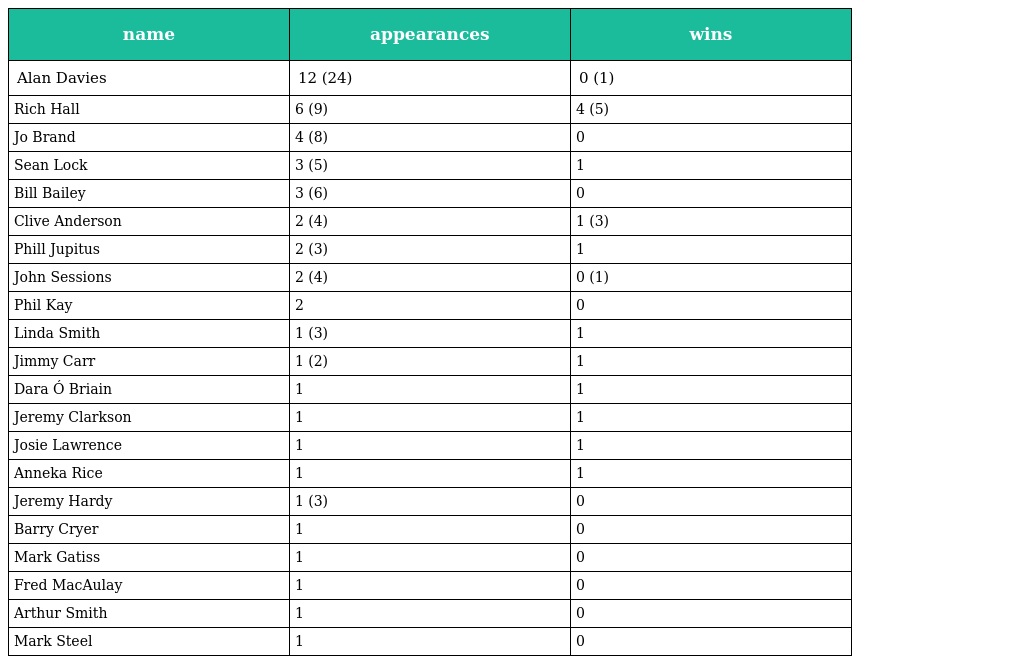
| name | appearances | wins |
 | --- | --- | --- |
 | Alan Davies | 12 (24) | 0 (1) |
 | Rich Hall | 6 (9) | 4 (5) |
 | Jo Brand | 4 (8) | 0 |
 | Sean Lock | 3 (5) | 1 |
 | Bill Bailey | 3 (6) | 0 |
 | Clive Anderson | 2 (4) | 1 (3) |
 | Phill Jupitus | 2 (3) | 1 |
 | John Sessions | 2 (4) | 0 (1) |
 | Phil Kay | 2 | 0 |
 | Linda Smith | 1 (3) | 1 |
 | Jimmy Carr | 1 (2) | 1 |
 | Dara Ó Briain | 1 | 1 |
 | Jeremy Clarkson | 1 | 1 |
 | Josie Lawrence | 1 | 1 |
 | Anneka Rice | 1 | 1 |
 | Jeremy Hardy | 1 (3) | 0 |
 | Barry Cryer | 1 | 0 |
 | Mark Gatiss | 1 | 0 |
 | Fred MacAulay | 1 | 0 |
 | Arthur Smith | 1 | 0 |
 | Mark Steel | 1 | 0 |